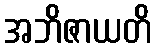
အဘိဇာယတိ